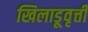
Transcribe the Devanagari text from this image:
खिलाडूवृत्ती